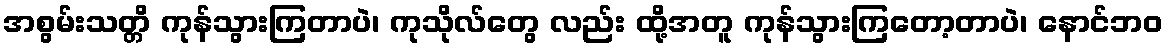
အစွမ်းသတ္တိ ကုန်သွားကြတာပဲ၊ ကုသိုလ်တွေ လည်း ထို့အတူ ကုန်သွားကြတော့တာပဲ၊ နောင်ဘဝ